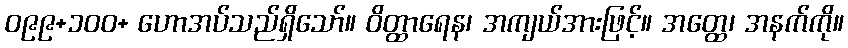
ဝ၉၉+၁၀၀+ ဟောအပ်သည်ရှိသော်။ ဝိတ္ထာရေန၊ အကျယ်အားဖြင့်။ အတ္ထေ၊ အနက်ကို။